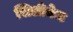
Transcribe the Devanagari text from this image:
सिलीकेट